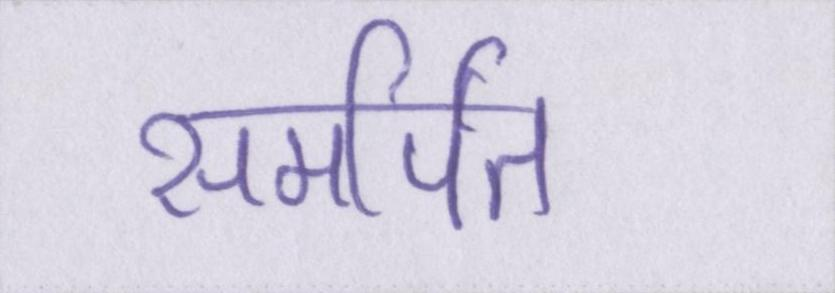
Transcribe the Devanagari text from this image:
समर्पित